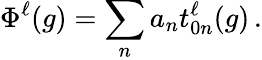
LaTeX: \Phi^{\ell}(g)=\sum_{n}a_{n}t_{0n}^{\ell}(g)\, .